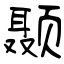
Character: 颞